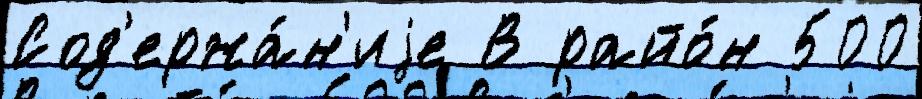
Сод'ержа́н'иjе В райо́н 500